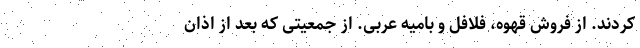
کردند. از فروش قهوه، فلافل و بامیه عربی. از جمعیتی که بعد از اذان